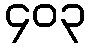
၄၀၃